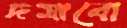
দমাবো